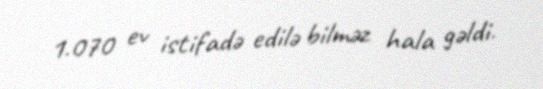
1.070 ev istifadə edilə bilməz hala gəldi.